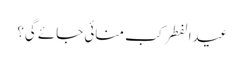
عیدالفطر کب منائی جائے گی؟